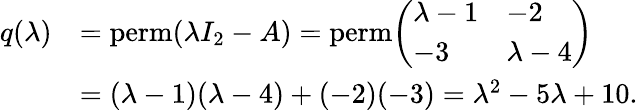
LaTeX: {\begin{array}{rl}{q(\lambda)}&{=\operatorname{perm}(\lambda I_{2}-A)=\operatorname{perm}\! {\left(\begin{array}{ll}{\lambda-1}&{-2}\\ {-3}&{\lambda-4}\end{array}\right)}}\\ &{=(\lambda-1)(\lambda-4)+(-2)(-3)=\lambda^{2}-5\lambda+10.}\end{array}}